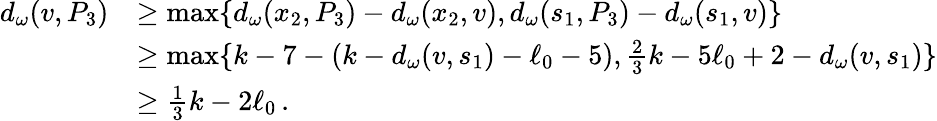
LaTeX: \begin{array}{rl}{d_{\omega}(v,P_{3})}&{\ge\operatorname*{max}\{ d_{\omega}(x_{2},P_{3})-d_{\omega}(x_{2},v),d_{\omega}(s_{1},P_{3})-d_{\omega}(s_{1},v)\} }\\ &{\ge\operatorname*{max}\{ k-7-(k-d_{\omega}(v,s_{1})-\ell_{0}-5),\frac{2}{3}k-5\ell_{0}+2-d_{\omega}(v,s_{1})\} }\\ &{\ge\frac 13k-2\ell_{0}\, .}\end{array}